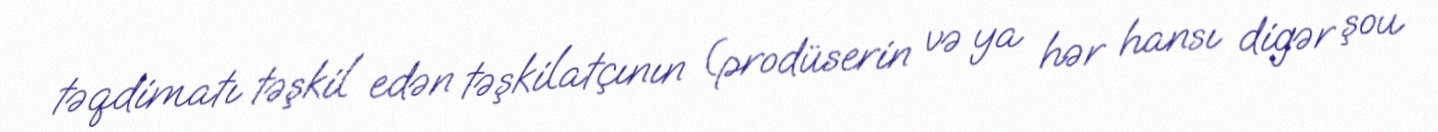
təqdimatı təşkil edən təşkilatçının (prodüserin və ya hər hansı digər şou